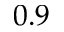
0 . 9